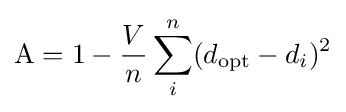
\mathrm {A} =1-{\frac {V}{n}}\sum _{i}^{n}(d_{\text{opt}}-d_{i})^{2}